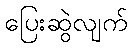
ပြေးဆွဲလျက်